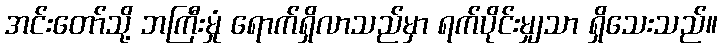
အင်းတော်သို့ ဘကြီးမှုံ ရောက်ရှိလာသည်မှာ ရက်ပိုင်းမျှသာ ရှိသေးသည်။